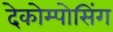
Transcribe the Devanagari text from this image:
देकोम्पोसिंग